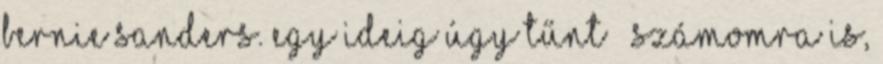
Bernie Sanders. Egy ideig úgy tűnt – számomra is,